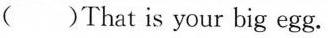
()That is your big egg.